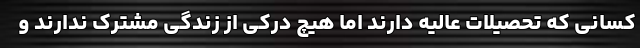
کسانی که تحصیلات عالیه دارند اما هیچ درکی از زندگی مشترک ندارند و